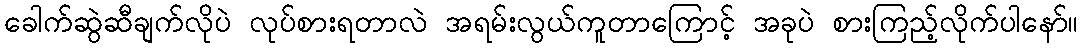
ခေါက်ဆွဲဆီချက်လိုပဲ လုပ်စားရတာလဲ အရမ်းလွယ်ကူတာကြောင့် အခုပဲ စားကြည့်လိုက်ပါနော်။